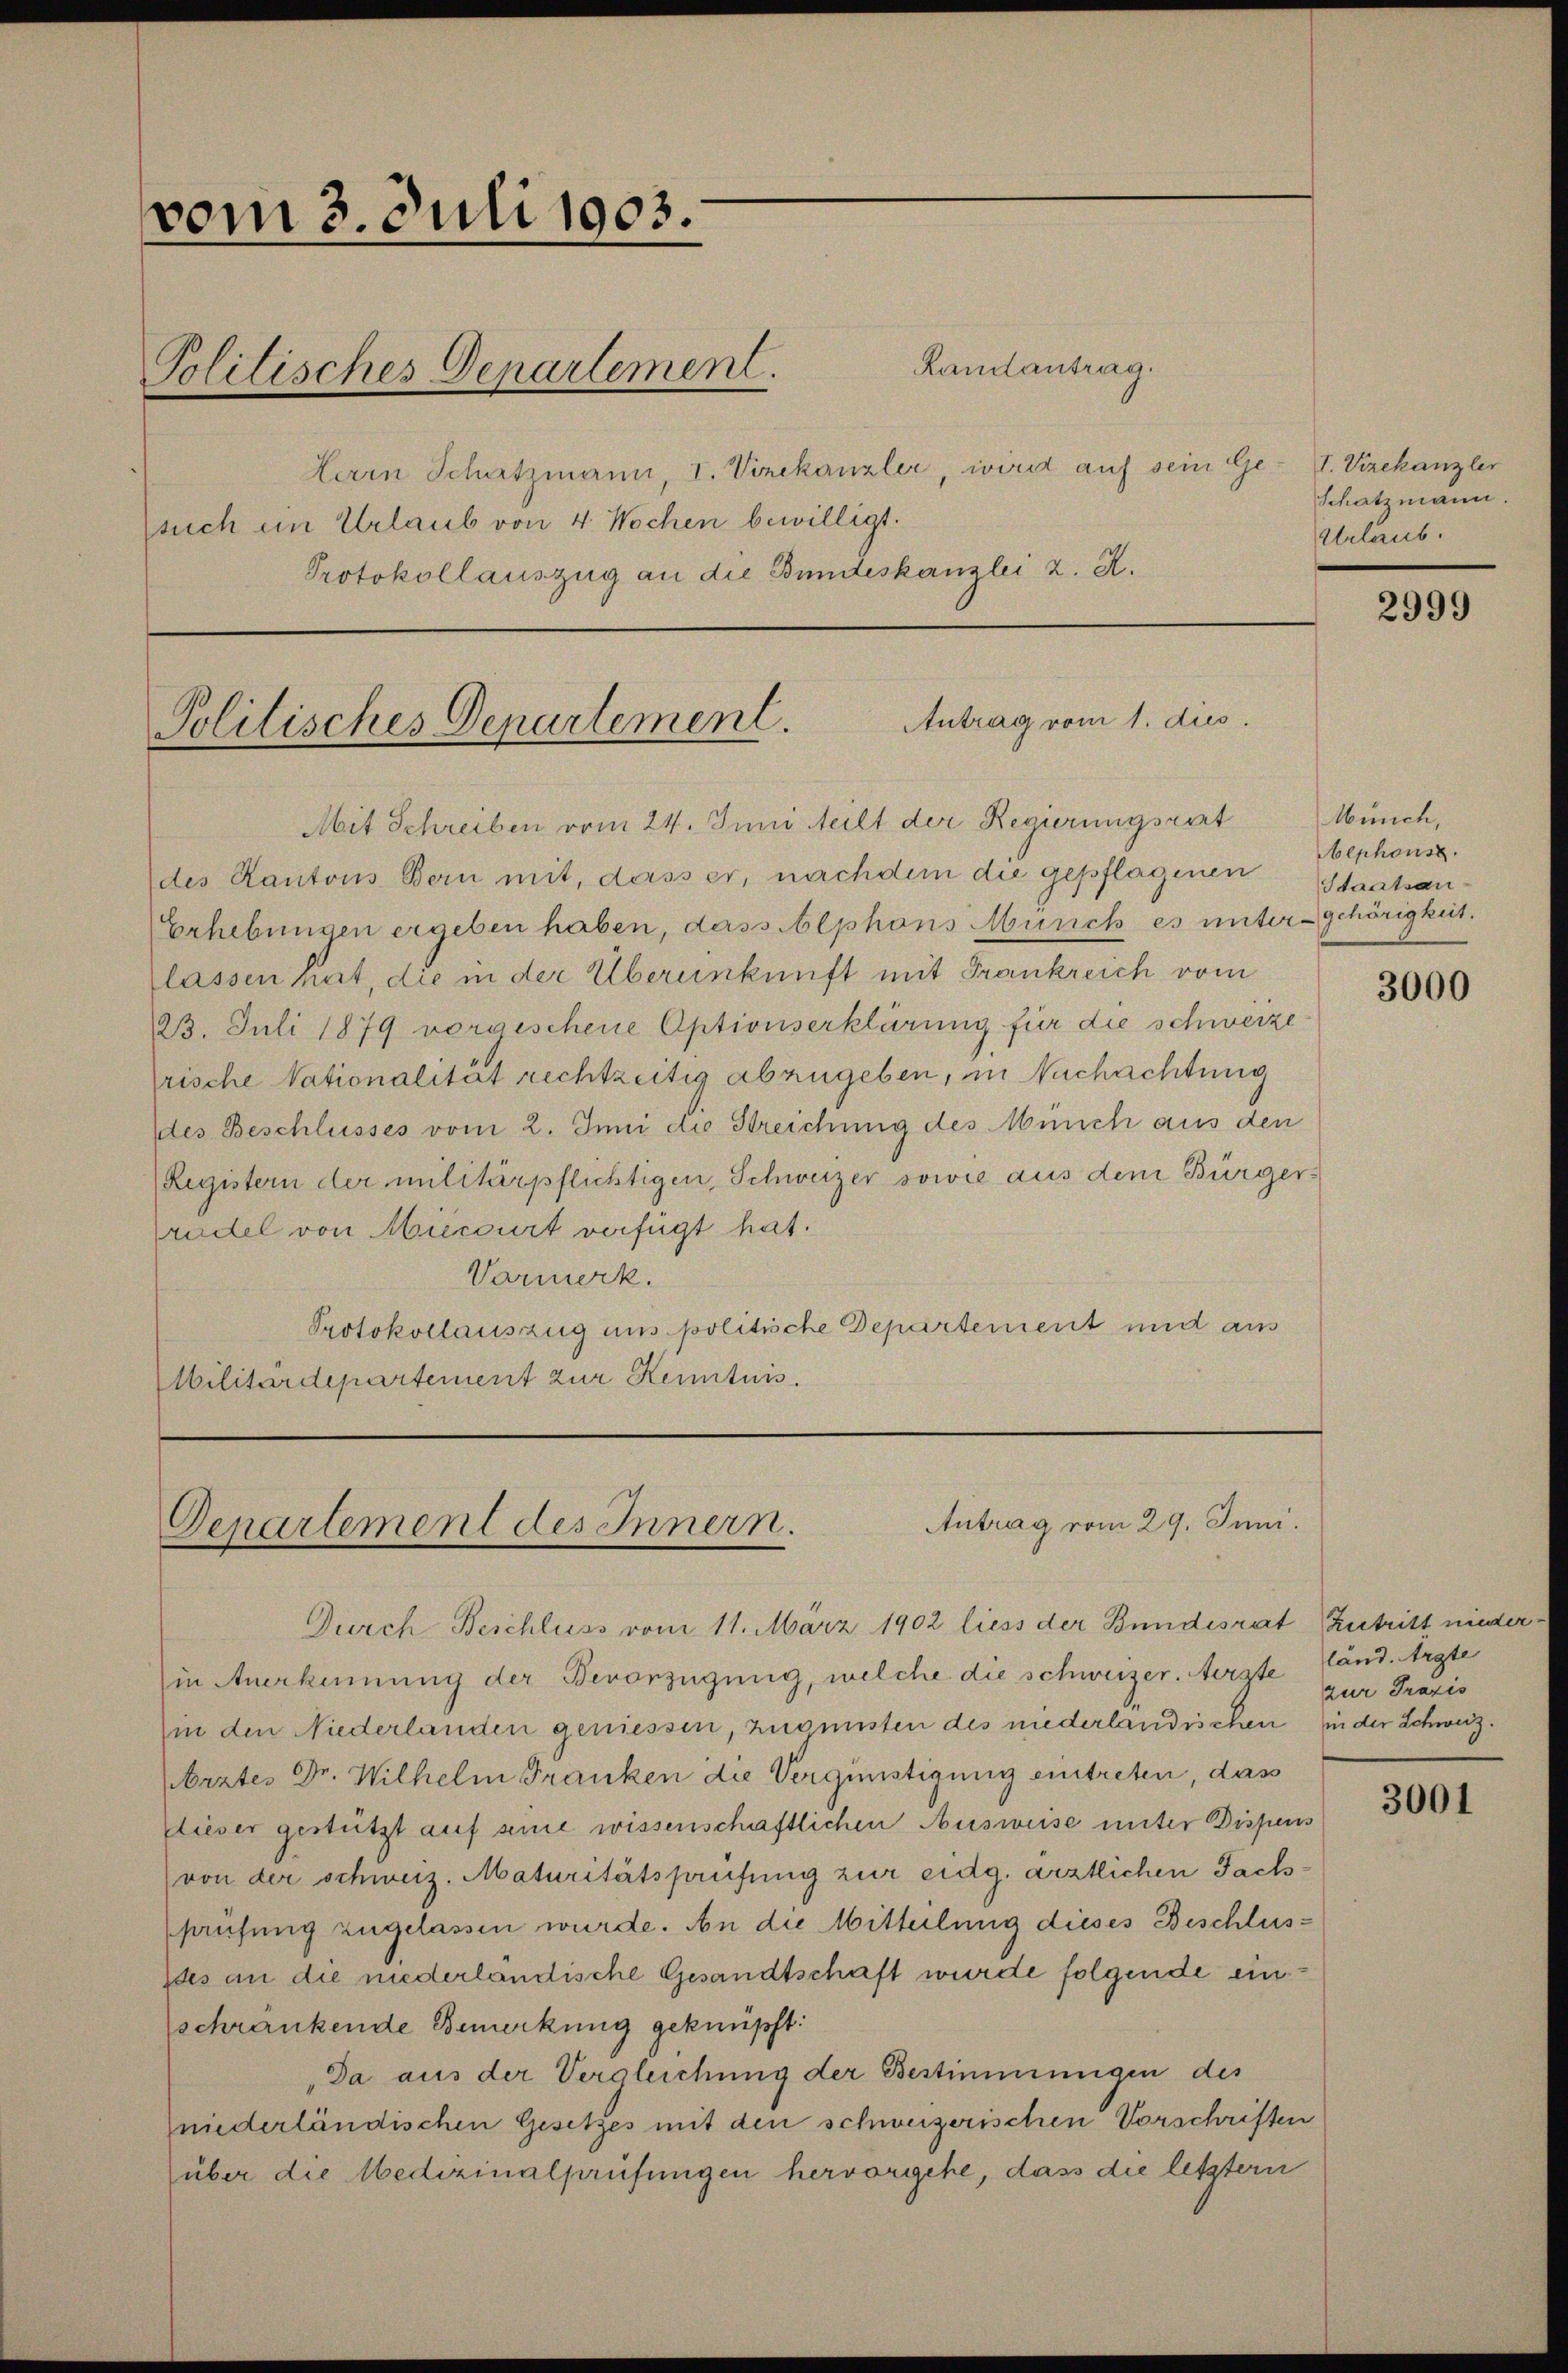
vom 3. Juli 1903.

Randantrag.
Politisches Departement.
Herrn Schatzmann, I. Vizekanzler, wird auf sein Ge- I. Vizekanzler
such in Urlaub von 4 Wochen bewilligt.
Protokollauszug an die Bundeskanzlei z. R.

Antrag vom 1. dies
Politisches Departement.

Mit Schreiben vom 24. Juni teilt der Regierungsrat
des Kantons Bern mit, dass er, nachdem die gepflagenen Staatsan-
Erhebungen ergeben haben, dass Alphons Münch es unter gehörigkeit.
lassen hat, die in der Übereinkunft mit Frankreich vom
23. Juli 1879 vorgeschene Aptionserklärung für die schwerze
rische Nationalität rechtzeitig abzugeben, im Nachachtung
des Beschlusses vom 2. Juni die Streichung des Münch aus den
Registern der militärpflichtigen, Schweizer sowie aus dem Bürgerrudel von Miecourt verfügt hat.
Varmerk.
Protokollauszug aus politische Departement und aus
Militärdepartement zur Kenntnis.

Antrag vom 29. Juni.
Departement des Innern.

Schatzmann.
Urlaub.

Durch Beschluss vom 11. März 1902 liess der Bundesrat Zutritt niederin Anerkennung der Bevorzügung, welche die schweizer. Aerzte
in den Niederlanden geniessen, zuomisten des niederlandischen in der Schweiz.
brztes Dr. Wilhelm Franken die Vergünstigung eintreten, das
dieser gestützt auf seine wissenschaftlichen Ausweise unter Dispens
von der schweiz. Maturitätspreifung zur eidg. ärztlichen Fachhausung zugelassen wurde. An die Mitteilung dieses Beschlus¬
Ides an die niederländische Gesandtschaft wurde folgende ein
schränkende Bemerkung geknüpft:
Da aus der Vergleichung der Bestimmungen des
niederländischen Gesetzes mit den schweizerischen Vorschriften
über die Medizinalprüfungen hervorgehe, dass die letztern

2999

Münch,
Aephonsz

3000

land. Argte
zur Praxis

3001